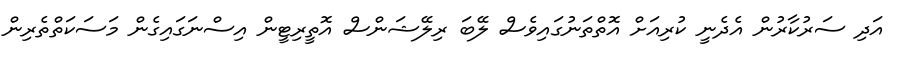
އަދި ސަރުކާރުން އެދެނީ ކުރިއަށް އޮތްތަނުގައިވެސް ލޭބަ ރިލޭޝަންސް އޮތީރިޓީން އިސްނަގައިގެން މަސަކަތްތެރިން